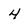
Character: 4